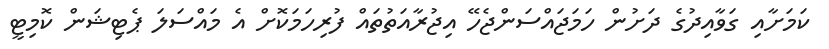
ކަމަށާއި ގަވާއިދުގެ ދަށުން ހަމަޖައްސަންޖެހޭ އިޖުރާއަތުތައް ފުރިހަމަކޮށް އެ މައްސަލަ ޕެޓިޝަން ކޮމިޓީ